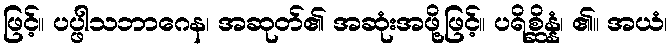
ဖြင့်။ ပပ္ဖါသဘာဂေန၊ အဆုတ်၏ အဆုံးအဖို့ဖြင့်။ ပရိစ္ဆိန္နံ၊ ၏။ အယံ၊